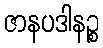
ဇာနပဒါနဉ္စ